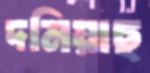
দমিয়াছ